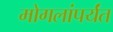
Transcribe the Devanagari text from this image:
मोगलांपर्यंत